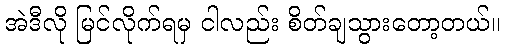
အဲဒီလို မြင်လိုက်ရမှ ငါလည်း စိတ်ချသွားတော့တယ်။